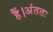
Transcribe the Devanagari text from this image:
हैं।अंततः